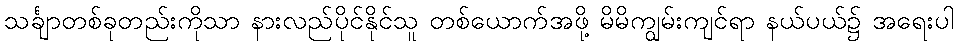
သင်္ချာတစ်ခုတည်းကိုသာ နားလည်ပိုင်နိုင်သူ တစ်ယောက်အဖို့ မိမိကျွမ်းကျင်ရာ နယ်ပယ်၌ အရေးပါ